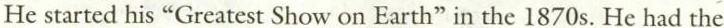
He started his "Greatest Show on Earth" in the 1870 s. He had the